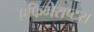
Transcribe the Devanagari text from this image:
एफिमेराप्टरा